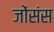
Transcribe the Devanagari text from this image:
जोंसंस